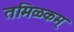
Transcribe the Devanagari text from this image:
तमिळकम्‌